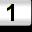
Digit: 1